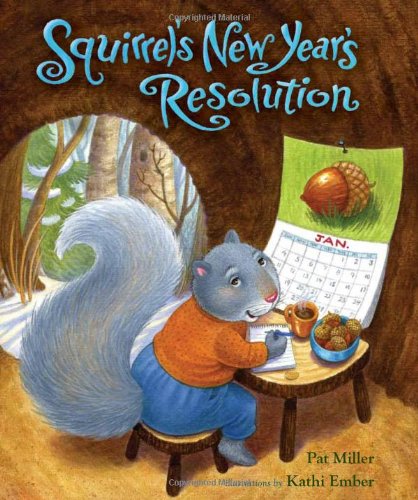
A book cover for Squirrel's New Year's Resolution; Pat Miller; Children's Books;